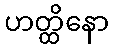
ဟတ္ထိနော